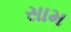
સામ